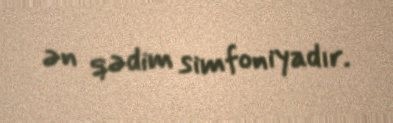
ən qədim simfoniyadır.